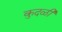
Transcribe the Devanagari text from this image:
कुदळी